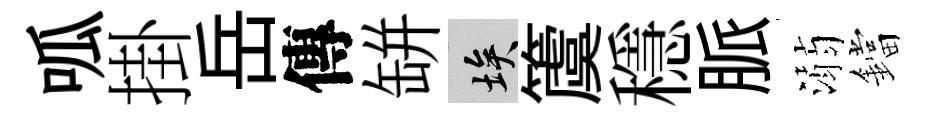
呱掛岳傳缾埃𥵂穩脈溺鐺